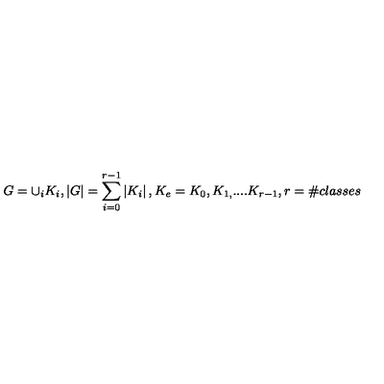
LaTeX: G = \cup _ { i } K _ { i } , \left| G \right| = \sum _ { i = 0 } ^ { r - 1 } \left| K _ { i } \right| , K _ { e } = K _ { 0 } , K _ { 1 , } . . . . K _ { r - 1 } , r = \# c l a s s e s